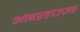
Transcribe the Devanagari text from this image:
ओबरहाउज़र